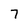
Character: 7